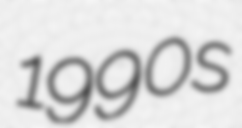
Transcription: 1990s